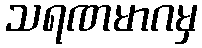
သရဏမာဂမှ